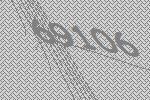
69106